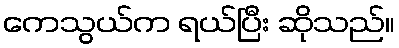
ကေသွယ်က ရယ်ပြီး ဆိုသည်။